Punjab Mental Hospital Lahore 1932-46 - 1932-1946
Year: 1932
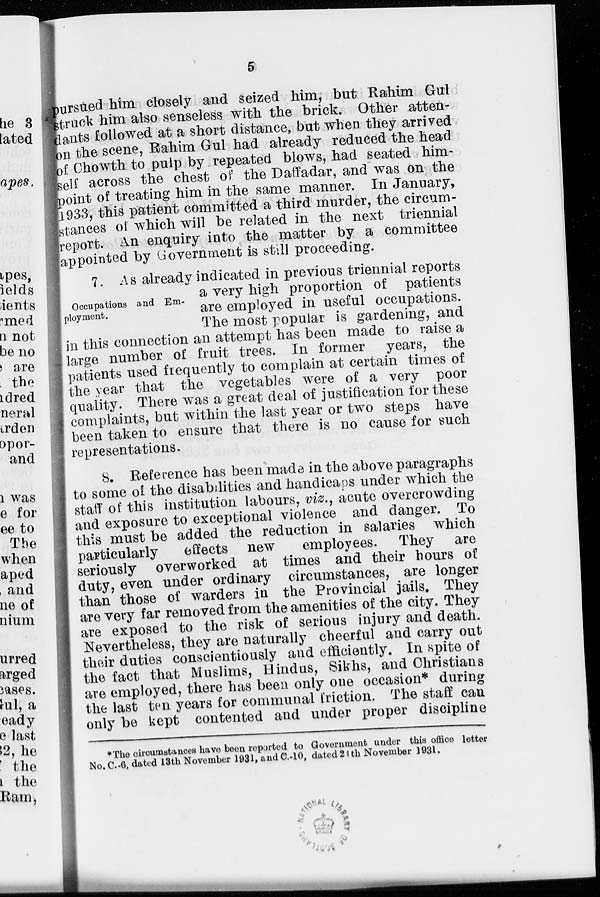
5
pursued him closely and seized him, but Rahim Gul
struck him also senseless with the brick. Other atten-
dants followed at a short distance, but when they arrived
on the scene, Rahim Gul had already reduced the head
of Chowth to pulp by repeated blows, had seated him-
self across the chest of the Daffadar, and was on the
point of treating him in the same manner. In January,
1933, this patient committed a third murder, the circum-
stances of which will be related in the next triennial
report. An enquiry into the matter by a committee
appointed by Government is still proceeding.
Occupations and Em-
ployment.
7. As already indicated in previous triennial reports
a very high proportion of patients
are employed in useful occupations.
The most popular is gardening, and
in this connection an attempt has been made to raise a
large number of fruit trees. In former years, the
patients used frequently to complain at certain times of
the year that the vegetables were of a very poor
quality. There was a great deal of justification for these
complaints, but within the last year or two steps have
been taken to ensure that there is no cause for such
representations.
8. Reference has been made in the above paragraphs
to some of the disabilities and handicaps under which the
staff of this institution labours, viz., acute overcrowding
and exposure to exceptional violence and danger. To
this must be added the reduction in salaries which
particularly
effects new
employees. They are
seriously overworked at times and their hours of
duty, even under ordinary circumstances, are longer
than those of warders in the Provincial jails. They
are very far removed from the amenities of the city. They
are exposed to the risk of serious injury and death.
Nevertheless, they are naturally cheerful and carry out
their duties conscientiously and efficiently. In spite of
the fact that Muslims, Hindus, Sikhs, and Christians
are employed, there has been only one occasion* during
the last ten years for communal friction. The staff can
only be kept contented and under proper discipline
*The circumstances have been reported to Government under this office letter
No. C.-6, dated 13th November 1931, and C.-10, dated 24th November 1931.